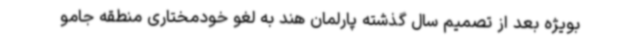
بویژه بعد از تصمیم سال گذشته پارلمان هند به لغو خودمختاری منطقه جامو